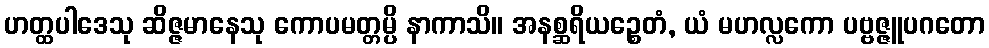
ဟတ္ထပါဒေသု ဆိဇ္ဇမာနေသု ကောပမတ္တမ္ပိ နာကာသိ။ အနစ္ဆရိယဉ္စေတံ, ယံ မဟလ္လကော ပဗ္ဗဇ္ဇူပဂတော